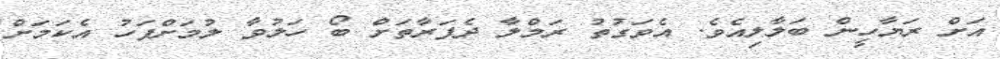
އަށް ރަޔާހީން ބަލާލިއެވެ. އެވަގުތު ރަމްލާ ދެފަރާތަށް ބޯ ހަލުވާ ލުމަށްފަހު އެކަމަށް